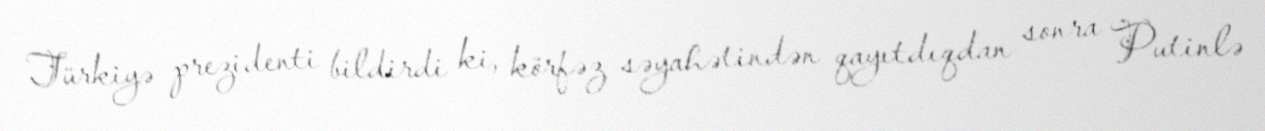
Türkiyə prezidenti bildirdi ki, körfəz səyahətindən qayıtdıqdan sonra Putinlə